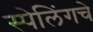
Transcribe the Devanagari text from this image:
स्पेलिंगचे